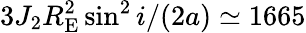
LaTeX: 3J_{2}R_{\mathrm{E}}^{2}\sin^{2}i/(2a)\simeq 1665